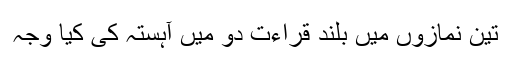
تین نمازوں میں بلند قراءت دو میں آہستہ کی کیا وجہ